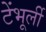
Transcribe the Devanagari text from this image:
टेंभूर्ली